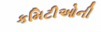
કમિટીઓની